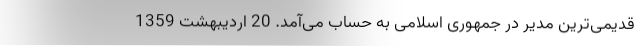
قدیمی‌ترین مدیر در جمهوری اسلامی به حساب می‌آمد. 20 اردیبهشت 1359